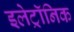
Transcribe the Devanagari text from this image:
इलेट्रॉनिक